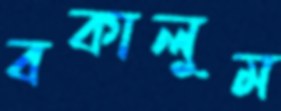
বকালুম